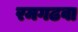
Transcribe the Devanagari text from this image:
रमगढवा